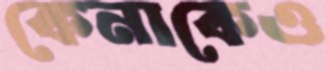
কেনাকেও